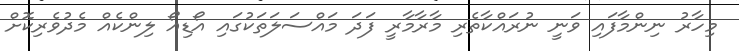
މިހާރު ނިންމާފައި ވަނީ ނުރައްކާތެރި މާރާމާރީ ފަދަ މައްސަލަތަކުގައި އޯޑިއޯ ލިންކެއް މެދުވެރިކޮށް